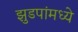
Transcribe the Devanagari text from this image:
झुडपांमध्ये